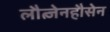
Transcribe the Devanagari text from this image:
लौत्जेनहौसेन